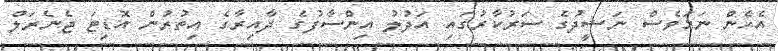
އެހެން ނަމަވެސް ނަޝީދުގެ ސަރުކާރުގައި އަދުލު އިންސާފުގެ ދާއިރާގެ އިތުރުން އޮޑިޓަ ޖެނެރަލް